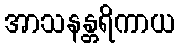
အာသနန္တရိကာယ